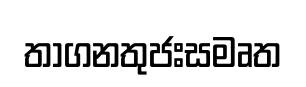
තාගනතුජඃසමෘත